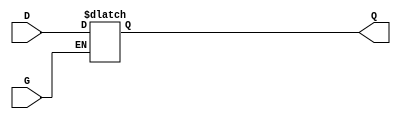
module gated_transparent_latch (
    input wire D,    // Data input
    input wire G,    // Gate/Enable input
    output reg Q     // Output
);

    // Always block that describes the behavior of the gated latch
    always @(G or D) begin
        if (G) begin
            Q <= D;  // When G is high, Q follows D
        end
        // When G is low, Q retains its last value (hold state)
    end

endmodule